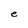
Character: e